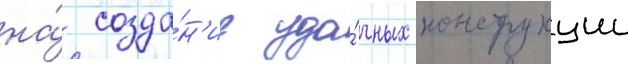
на́ созда́н'ие уда́чных конструкции